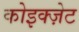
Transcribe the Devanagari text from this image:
कोइक्ज़ेट